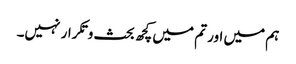
ہم میں اور تم میں کچھ بحث وتکرار نہیں۔